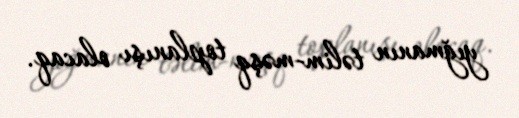
yığmanın təlim-məşq toplanışı olacaq.